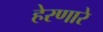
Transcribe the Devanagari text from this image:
हेरणारे